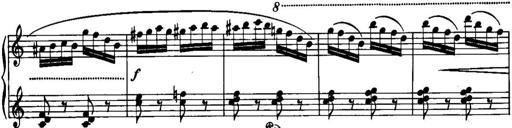
Title: Piano Sonatina No.1, Op.146
Composer: Stephen Heller